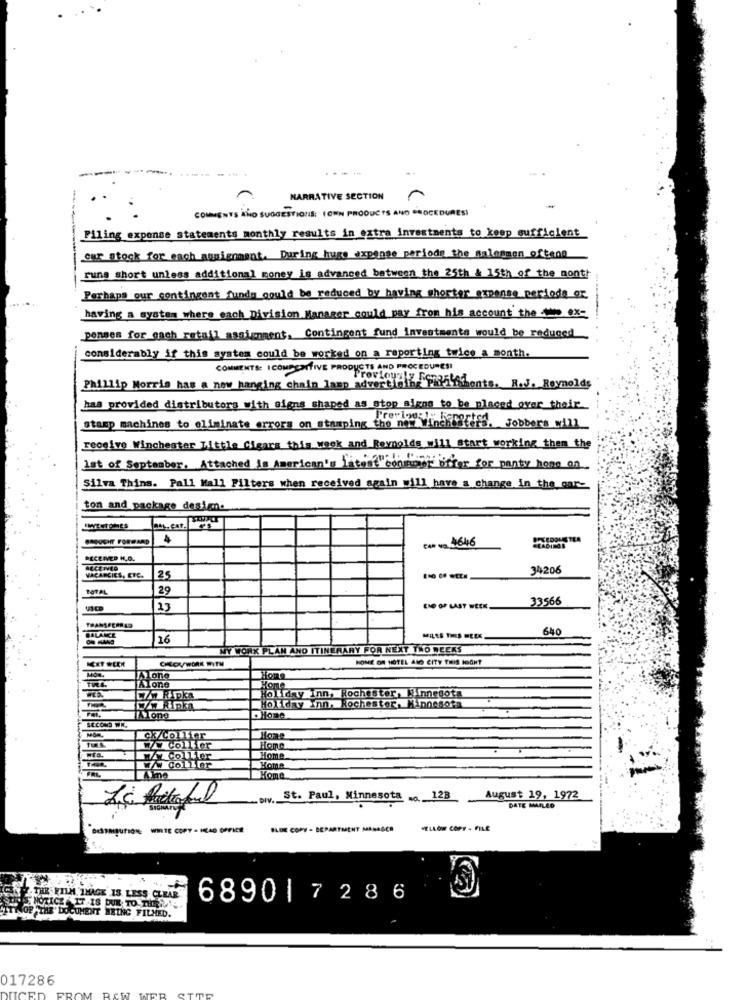
-
----...
.---
NARRATIVE SECTION
COMMENTS ANO SUGGESTIONS: (OWN PRODUCTS AND CHOCEDURESİ
Piling expense statements monthly results in extra investments to keep sufficient
cur stock for each assignment. During huge expense periods the salesman often0
rune short unless additional money is advanced between the 25th & 15th of the month
Perhaps our contingent funds could be reduced by having shorter expense_periode or
having a system where each Division Manager could pay from his account the 100 ex-
penses for each retail assignment. Contingent fund investments would be reduced
considerably if this system could be worked on a reporting twice a month.
COMMENTS: ICOMECONTIVE PRODUCTS AND PROCEDURES!
Phillip Morris has a now hanging chain lamp advertising P
"Previously Fonaments. R.J. Reynolds
has provided distributors with signs shaped as stop signs to be placed over their
stamp machines to eliminate errors on stamping the net Winchester
Trerlog r Fergfifa, Jobbers will
receive Winchester Little Cigars this week and Reynolds will start working them the
1st of September. Attached is American's latest"comment offer for panty home on
Silva Thins. Pall Mall Filters when received again will have a change in the_oar-
ton and package design.
BROUGHT FORWARD
4
CAR NO 416416
READINGS
RECEIVED H.O.
34206
VACANCIES, ETC.
25
TOTAL
29
33566
CHO OF LAST WEEK.
TRANSFERRED
640
BALANCE
16
NÝ WORK PLAN AND ITINERARY FOR NEXT TWO WEEKS
CHOVWORK WITH
HOME ON HOTEL AND CITY THIS MIGHT
MON.
IAlone
Home
Alone
Holiday Inn, Rochester, Minnesota
Home
7/W Ripka
Holiday Inn, Rochester, Minnesota
Holiday Inn,
SECOND WA.
IAlone
cx/Collier
Collier
Hone
.74 Collier
Home
fomi
DIV.
St. Paul, Minnesota 0 123
August 19, 1972
DATE MAILED
DISTRIBUTION; WITE COPY - HEAD OFFICE
SLOE COPY - DEPARTMENT MANAGER
FELLOW COPY - FILE
THE FILM. IMAGE IS. LESS CLEAR
6890|7286
HOTICE IT IS DUE TO THEER !;
ESTHE' DOCUMENT BEING FILMED.
017286
DUCED